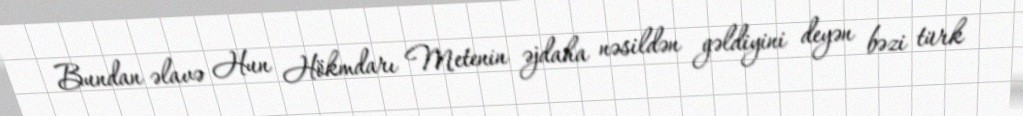
Bundan əlavə Hun Hökmdarı Metenin əjdaha nəsildən gəldiyini deyən bəzi türk